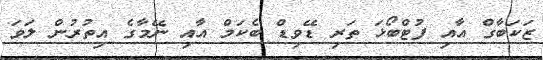
ޒަކަބާގް އާއި ފުޓްބޯޅަ ތަރި ޑޭވިޑް ބެކަމް އާއި ނޭމާގެ އިތުރުން ލަވަ